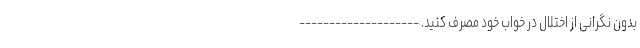
بدون نگرانی از اختلال در خواب خود مصرف کنید. --------------------